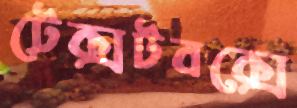
টেক্সটবক্সে